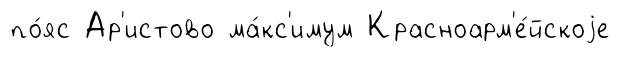
по́яс Ар'истово ма́кс'имум Красноарм'е́йскоjе